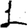
Digit: 1